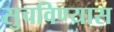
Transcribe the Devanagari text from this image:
सुचविण्यास